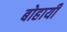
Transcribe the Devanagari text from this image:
बोहायी